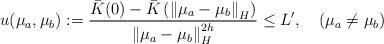
LaTeX: \begin{align*} u(\mu_a,\mu_b): = \frac{\bar{K}(0) -\bar{K}\left(\left\|\mu_a-\mu_b\right\|_H\right)}{\left\|\mu_a-\mu_b\right\|_H^{2h}} \le L', \quad(\mu_a\ne \mu_b) \end{align*}